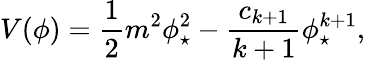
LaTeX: V(\phi)=\frac{1}{2}m^{2}\phi_{\star}^{2}-\frac{c_{k+1}}{k+1}\phi_{\star}^{k+1},